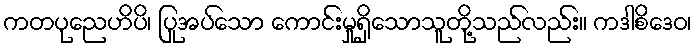
ကတပုညေဟိပိ၊ ပြုအပ်သော ကောင်းမှုရှိသောသူတို့သည်လည်း။ ကဒါစိဒေဝ၊